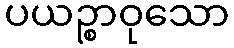
ပယဉ္စာဝုသော